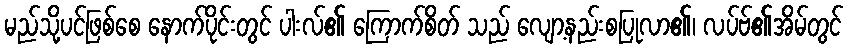
မည်သို့ပင်ဖြစ်စေ နောက်ပိုင်းတွင် ပါးလ်၏ ကြောက်စိတ် သည် လျော့နည်းစပြုလာ၏၊ လပ်ဗ်၏အိမ်တွင်